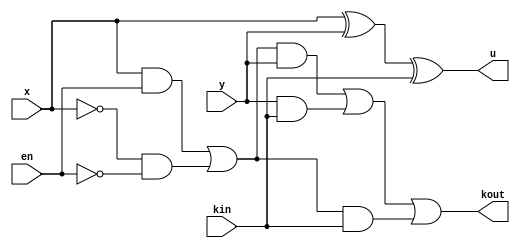


module d_adder(
	input x, y, kin, en,
	output u, kout
);

	wire z;
	
	assign u = x ^ y ^ kin;

	assign z = (x & en) | (~x & ~en);
	assign kout = (z & y) | (y & kin) | (z & kin);

endmodule